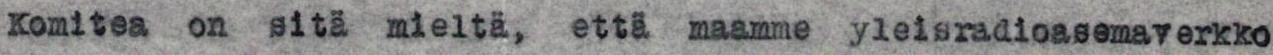
Komitea on sitä mieltä, että maamme yleisradioasemaverkko